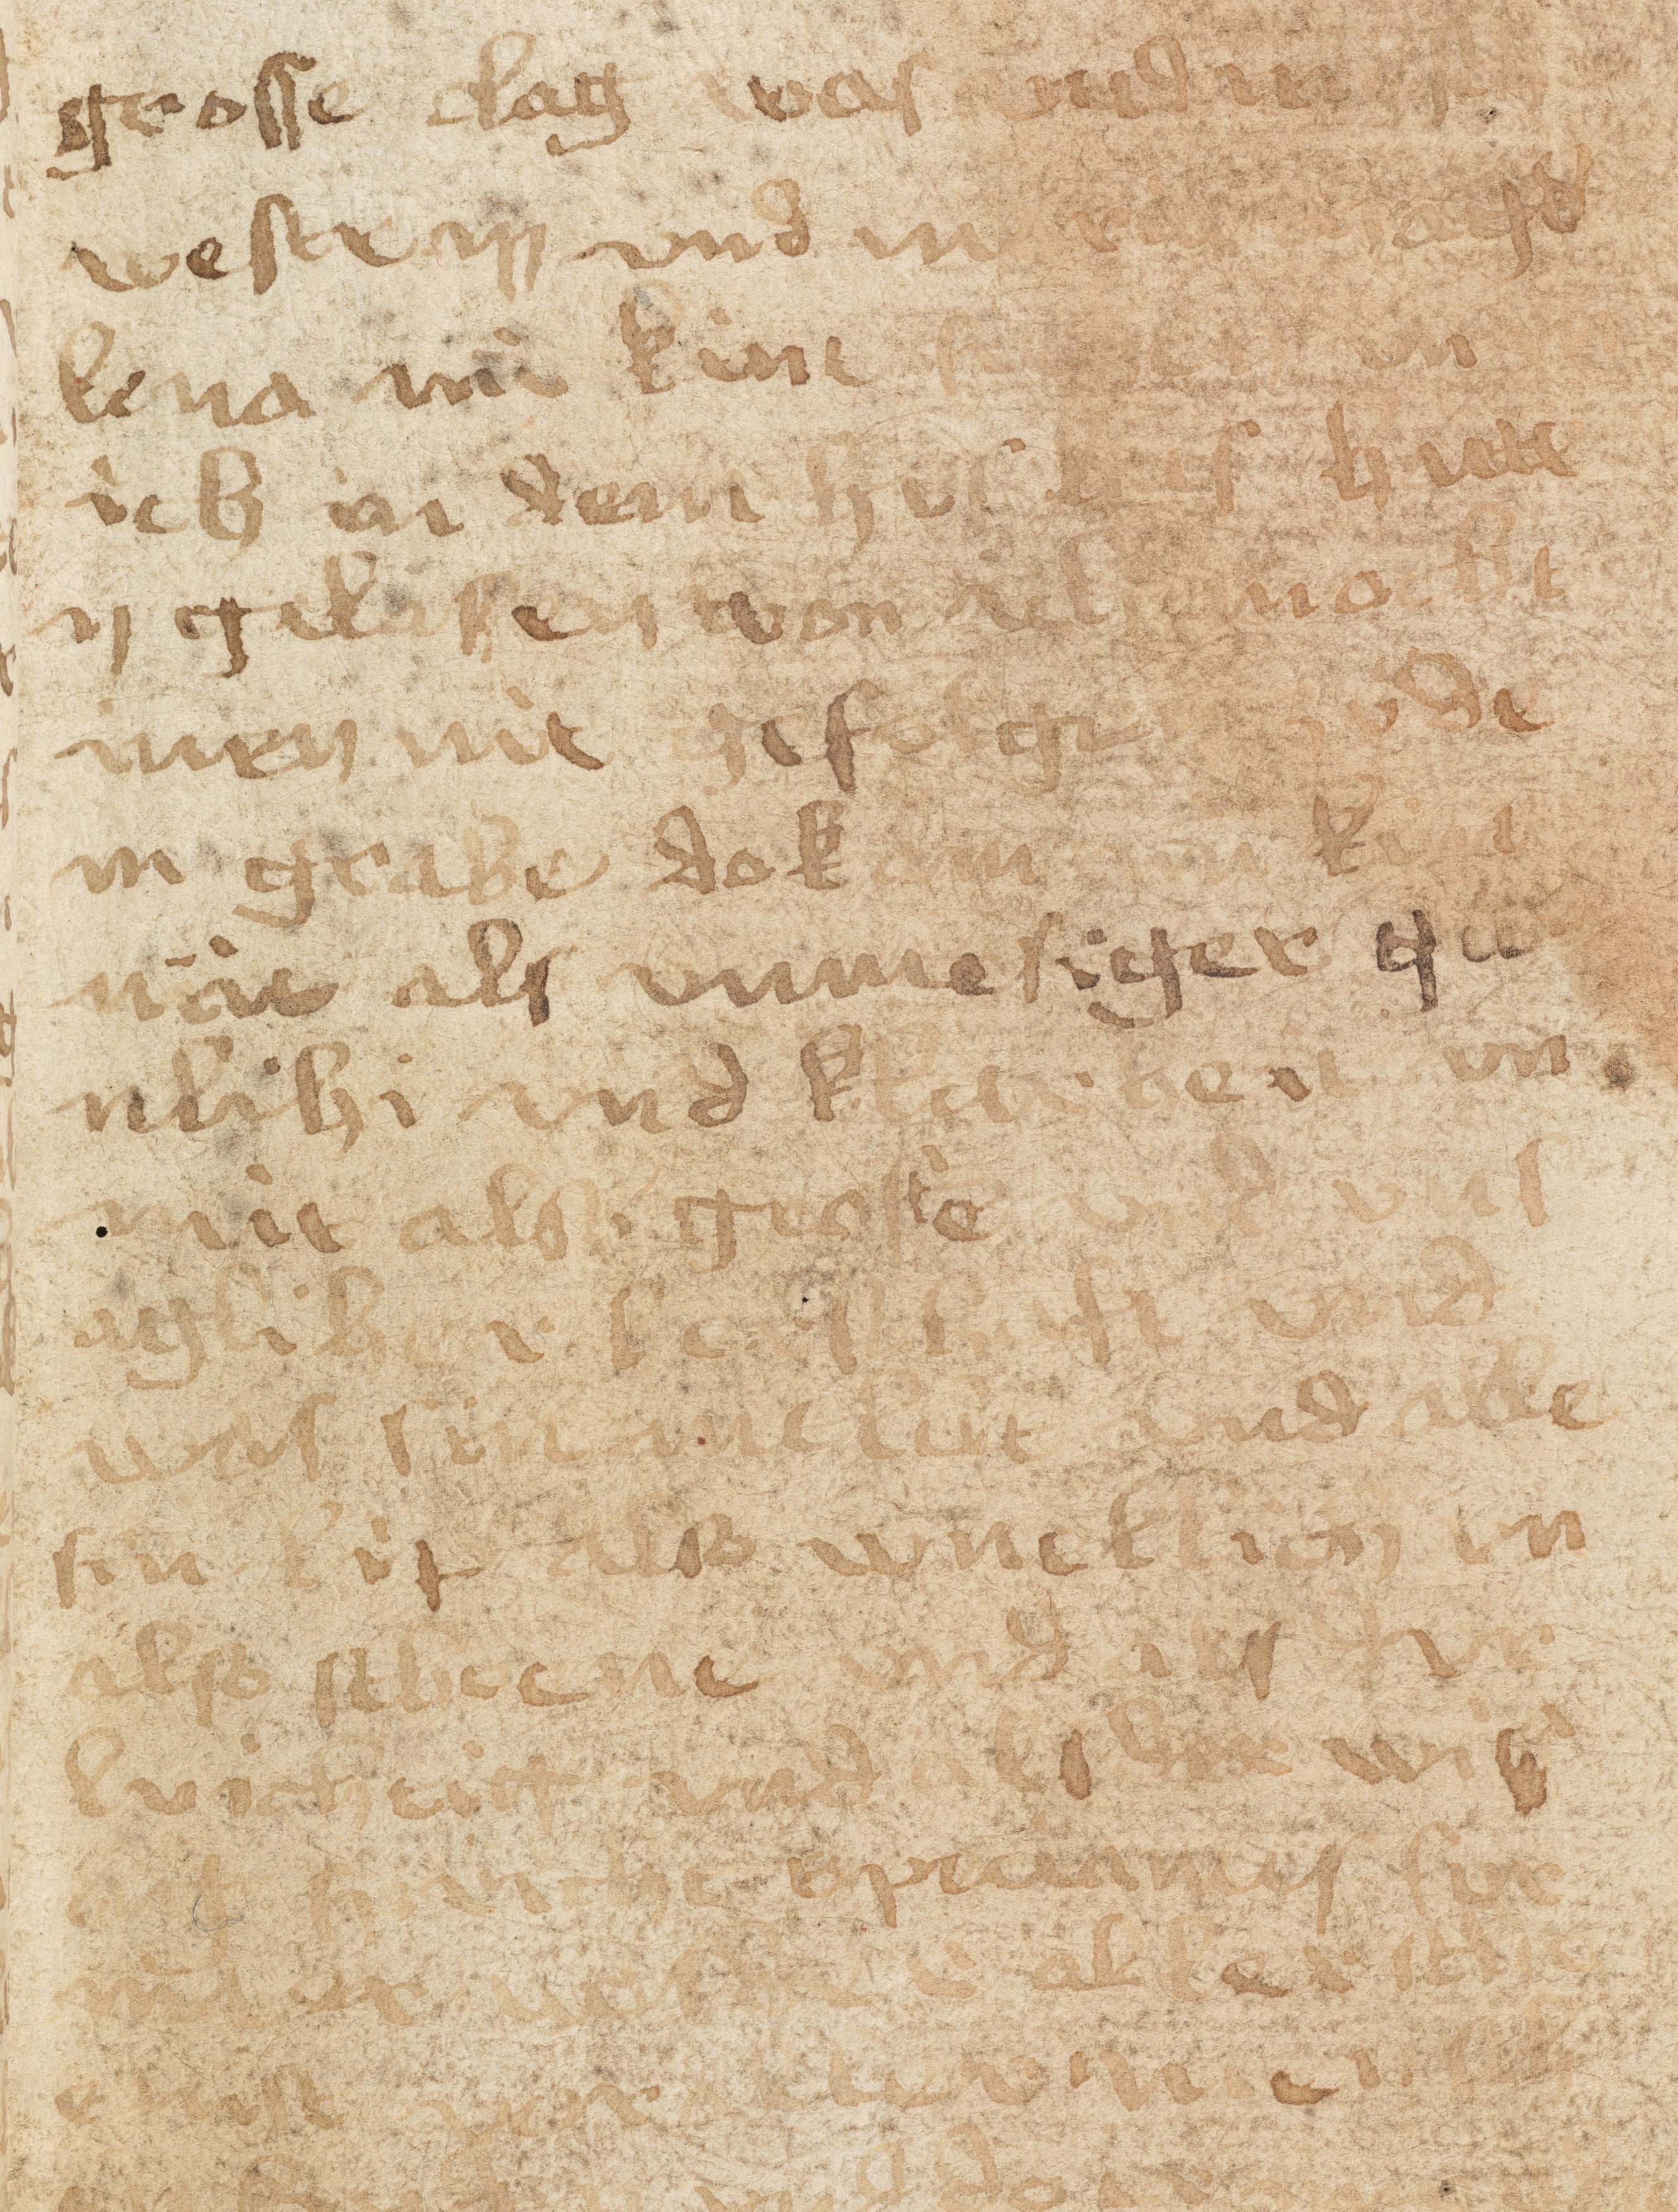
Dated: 1433–1465